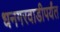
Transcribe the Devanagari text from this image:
धनगरवाडीपर्यंत